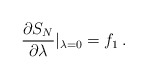
\begin{align*}{\partial S_{N} \over \partial \lambda}|_{\lambda = 0} = f_1 \, . \end{align*}